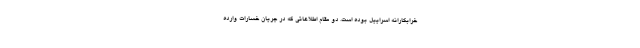
خرابکارانه اسراییل بوده است. دو مقام اطلاعاتی که در جریان خسارات وارده